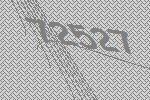
72527